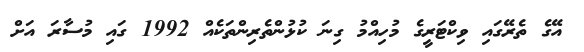
އޭގެ ތެރޭގައި ވިކްޓަރީގެ މުހިއްމު ގިނަ ކުޅުންތެރިންތަކެއް 1992 ގައި މުސާރަ އަށް